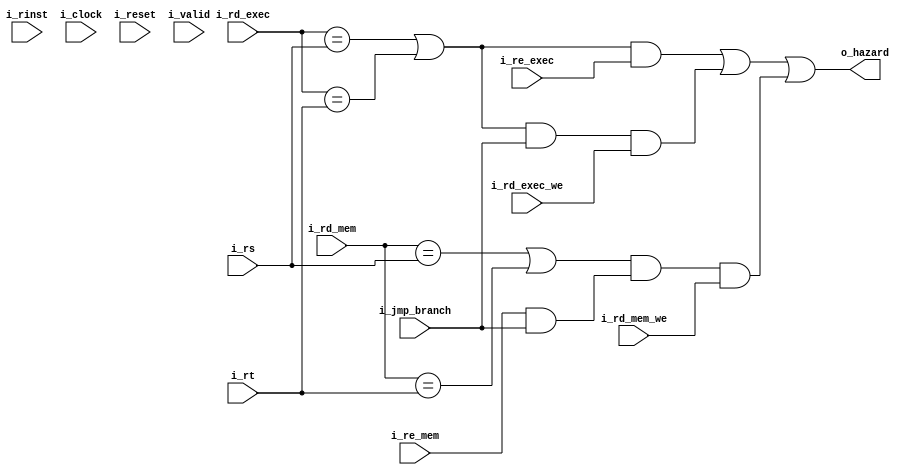
module hazard_unit
  #(
    parameter NB_REG_ADDR   = 5,
    parameter NB_OPCODE     = 6

    )
   (
    output                  o_hazard,

    input                   i_re_exec, //LOAD en exec
    input                   i_re_mem, //LOAD en mem
    input                   i_jmp_branch, // es un jmp RS o branch
    input [NB_REG_ADDR-1:0] i_rd_exec, //dato del LOAD en exec
    input [NB_REG_ADDR-1:0] i_rd_mem, //dato del LOAD en mem
    input                   i_rd_exec_we, //se va a escribir en WB rd en exec
    input                   i_rd_mem_we, //se va a escribir en WB rd en mem
    input [NB_REG_ADDR-1:0] i_rs,
    input [NB_REG_ADDR-1:0] i_rt,
    input                   i_rinst,

    input                   i_clock,
    input                   i_reset,
    input                   i_valid
    ) ;

   // reg                      jump_branch_reg;
   // reg [NB_REG_ADDR-1:0]    rs_reg;
   // reg [NB_REG_ADDR-1:0]    rt_reg;
   // reg                      r_inst_reg;
   // reg                      hazard_pos;

   wire                     instr_after_load; //ADD -> LOAD
   wire                     branch_after_instr; //BRANCH -> ADD
   wire                     branch_after_load; //BRANCH -> X -> LOAD

   // always @ (negedge i_clock)
   //   begin
   //      if (i_reset) begin
   //         jump_branch_reg <= 1'b0;
   //         rs_reg <= {NB_REG_ADDR{1'b0}};
   //         rt_reg <= {NB_REG_ADDR{1'b0}};
   //         r_inst_reg <= 1'b0;
   //      end else
   //        if (i_valid) begin
   //           jump_branch_reg <= i_jmp_branch;
   //           rs_reg <= i_rs;
   //           rt_reg <= i_rt;
   //           r_inst_reg <= i_rinst;
   //        end
   //   end

   // always @ (posedge i_clock)
   //   begin
   //      if (i_reset)
   //        hazard_pos <= 1'b0;
   //      else if (i_valid)
   //        hazard_pos <= instr_after_load | branch_after_instr | branch_after_load ;
   //   end

   assign instr_after_load = ((i_rd_exec == i_rs) | ((i_rd_exec == i_rt) /*& i_rinst*/)) & i_re_exec;
   assign branch_after_instr = ((i_rd_exec == i_rs) | (i_rd_exec == i_rt)) & i_jmp_branch & i_rd_exec_we;
   assign branch_after_load = ((i_rd_mem == i_rs) | (i_rd_mem == i_rt)) & (i_re_mem & i_jmp_branch) & i_rd_mem_we;

   assign o_hazard = (instr_after_load | branch_after_instr | branch_after_load); //& ~hazard_pos;

endmodule